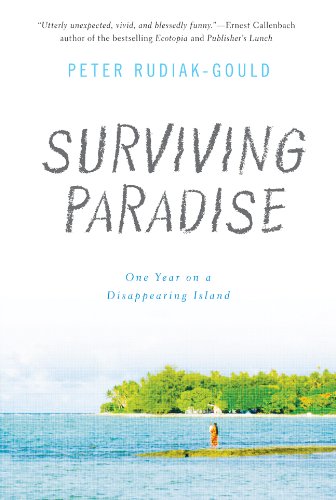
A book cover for Surviving Paradise: One Year on a Disappearing Island; Peter Rudiak-Gould; Travel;